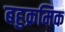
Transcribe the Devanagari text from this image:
बहुक्रमिक